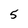
Character: 5